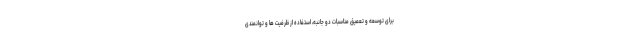
برای توسعه و تعمیق مناسبات دو جانبه، استفاده از ظرفیت ها و توانمندی